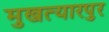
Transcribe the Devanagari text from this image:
मुखत्यारपुर